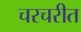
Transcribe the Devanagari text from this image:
चरचरीत